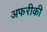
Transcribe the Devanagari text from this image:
अफरीकी